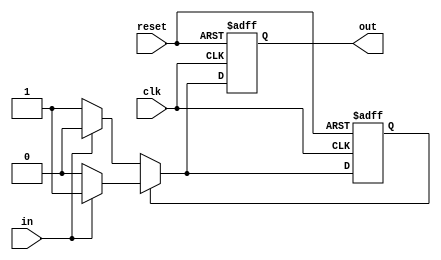
`timescale 1ns / 1ps

module asynrefsm1(
    input wire clk,
    input wire reset,     //asynchronous active-high reset
    input wire in,
    output reg out
    );
    reg state;
    parameter A=1'b0,B=1'b1;
    
always@(posedge clk or posedge reset)
    if(reset)
        begin
        state<=B;
        out<=1'b1;
        end
    else if(state==A)
         begin
          if(in==0)
            begin state<=B;out<=1'b1;end
          if(in==1)
            begin state<=A;out<=1'b0;end
         end
         else
         begin
          if(in==0)
            begin state<=A;out<=1'b0;end
          if(in==1)
            begin state<=B;out<=1'b1;end
         end
         
endmodule